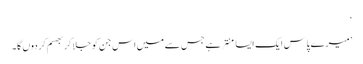
‘
’میرے پاس ایک ایسا منتر ہے جس سے میں اس جن کو جلا کر بھسم کر دوں گا۔